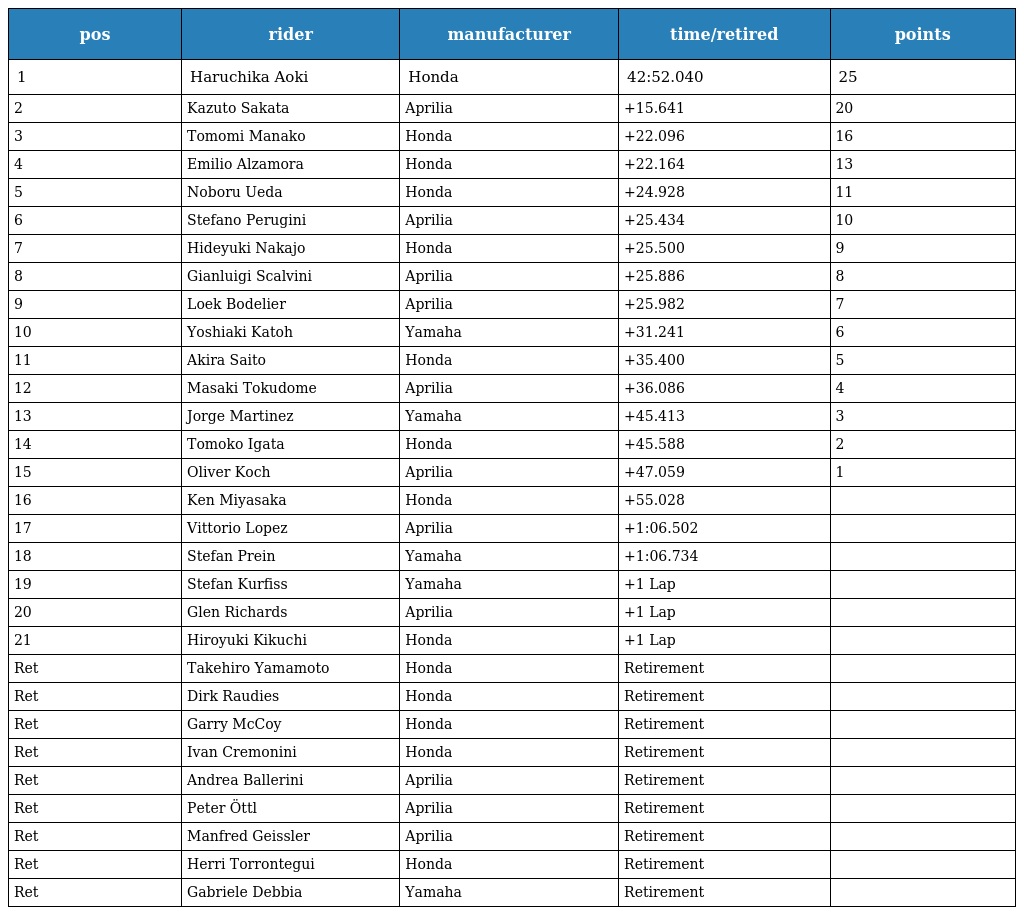
| pos | rider | manufacturer | time/retired | points |
 | --- | --- | --- | --- | --- |
 | 1 | Haruchika Aoki | Honda | 42:52.040 | 25 |
 | 2 | Kazuto Sakata | Aprilia | +15.641 | 20 |
 | 3 | Tomomi Manako | Honda | +22.096 | 16 |
 | 4 | Emilio Alzamora | Honda | +22.164 | 13 |
 | 5 | Noboru Ueda | Honda | +24.928 | 11 |
 | 6 | Stefano Perugini | Aprilia | +25.434 | 10 |
 | 7 | Hideyuki Nakajo | Honda | +25.500 | 9 |
 | 8 | Gianluigi Scalvini | Aprilia | +25.886 | 8 |
 | 9 | Loek Bodelier | Aprilia | +25.982 | 7 |
 | 10 | Yoshiaki Katoh | Yamaha | +31.241 | 6 |
 | 11 | Akira Saito | Honda | +35.400 | 5 |
 | 12 | Masaki Tokudome | Aprilia | +36.086 | 4 |
 | 13 | Jorge Martinez | Yamaha | +45.413 | 3 |
 | 14 | Tomoko Igata | Honda | +45.588 | 2 |
 | 15 | Oliver Koch | Aprilia | +47.059 | 1 |
 | 16 | Ken Miyasaka | Honda | +55.028 |  |
 | 17 | Vittorio Lopez | Aprilia | +1:06.502 |  |
 | 18 | Stefan Prein | Yamaha | +1:06.734 |  |
 | 19 | Stefan Kurfiss | Yamaha | +1 Lap |  |
 | 20 | Glen Richards | Aprilia | +1 Lap |  |
 | 21 | Hiroyuki Kikuchi | Honda | +1 Lap |  |
 | Ret | Takehiro Yamamoto | Honda | Retirement |  |
 | Ret | Dirk Raudies | Honda | Retirement |  |
 | Ret | Garry McCoy | Honda | Retirement |  |
 | Ret | Ivan Cremonini | Honda | Retirement |  |
 | Ret | Andrea Ballerini | Aprilia | Retirement |  |
 | Ret | Peter Öttl | Aprilia | Retirement |  |
 | Ret | Manfred Geissler | Aprilia | Retirement |  |
 | Ret | Herri Torrontegui | Honda | Retirement |  |
 | Ret | Gabriele Debbia | Yamaha | Retirement |  |